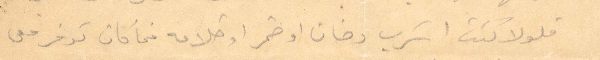
فلولا كنت اشرف دخان او خمر او خلافه فما كان توفر معي